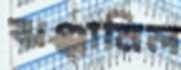
ঝঞ্ঝানিল